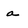
Character: a